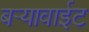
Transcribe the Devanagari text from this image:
बर्‍यावाईट